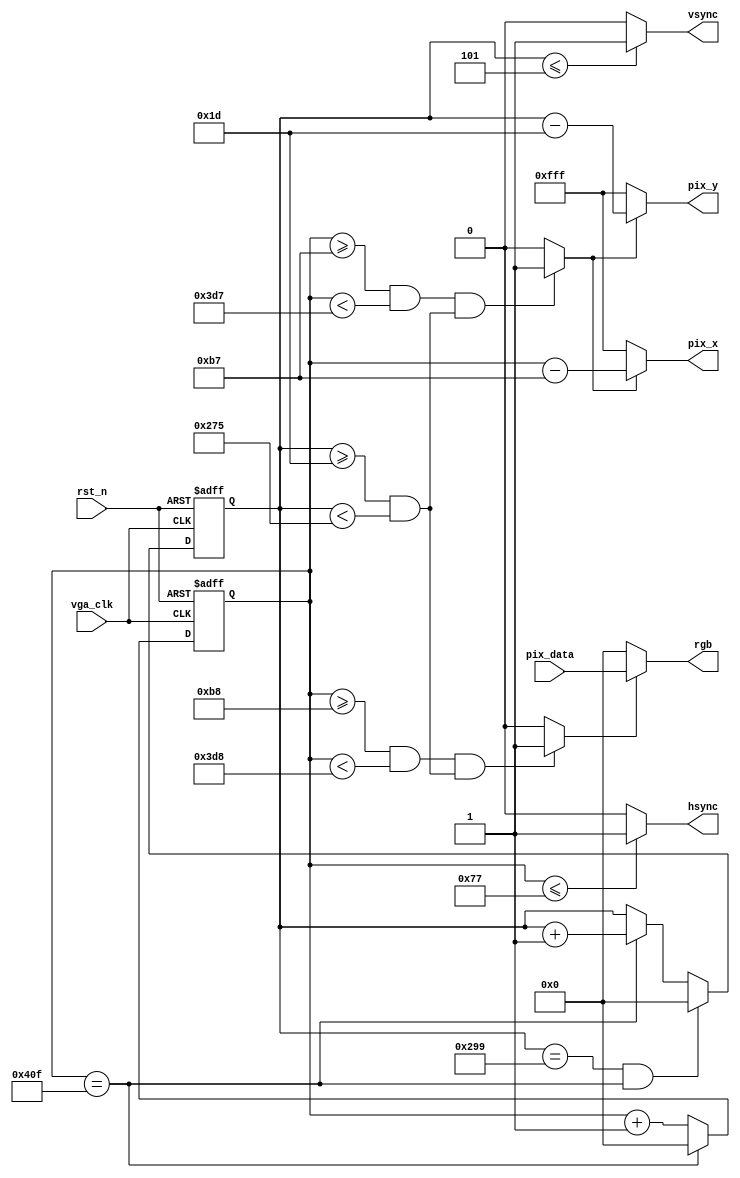
`timescale 1ns / 1ps

module vga_ctrl (
    input        vga_clk,
    input        rst_n,
    input [11:0] pix_data,

    output [11:0] pix_x,
    output [11:0] pix_y,
    output        hsync,
    output        vsync,
    output [11:0] rgb
);

  localparam H_SYNC = 10'd120;
  localparam H_BACK = 10'd32;
  localparam H_LEFT = 10'd32;
  localparam H_VALID = 10'd800;
  localparam H_TOTAL = 12'd1040;

  localparam V_SYNC = 10'd6;
  localparam V_BACK = 10'd20;
  localparam V_TOP = 10'd3;
  localparam V_VALID = 10'd600;
  localparam V_TOTAL = 10'd666;

  wire        rgb_valid;
  wire        pix_data_req;
  reg  [11:0] cnt_h;
  reg  [11:0] cnt_v;

  always @(posedge vga_clk or negedge rst_n)
    if (rst_n == 1'b0) cnt_h <= 10'd0;
    else if (cnt_h == H_TOTAL - 1'd1) cnt_h <= 10'd0;
    else cnt_h <= cnt_h + 1'd1;

  assign hsync = (cnt_h <= H_SYNC - 1'd1) ? 1'b1 : 1'b0;

  always @(posedge vga_clk or negedge rst_n)
    if (rst_n == 1'b0) cnt_v <= 10'd0;
    else if ((cnt_v == V_TOTAL - 1'd1) && (cnt_h == H_TOTAL - 1'd1)) cnt_v <= 10'd0;
    else if (cnt_h == H_TOTAL - 1'd1) cnt_v <= cnt_v + 1'd1;
    else cnt_v <= cnt_v;

  assign vsync = (cnt_v <= V_SYNC - 1'd1) ? 1'b1 : 1'b0;

  assign  rgb_valid = (((cnt_h >= H_SYNC + H_BACK + H_LEFT)
                    && (cnt_h < H_SYNC + H_BACK + H_LEFT + H_VALID))
                    &&((cnt_v >= V_SYNC + V_BACK + V_TOP)
                    && (cnt_v < V_SYNC + V_BACK + V_TOP + V_VALID)))
                    ? 1'b1 : 1'b0;

  assign  pix_data_req = (((cnt_h >= H_SYNC + H_BACK + H_LEFT - 1'b1)
                    && (cnt_h < H_SYNC + H_BACK + H_LEFT + H_VALID - 1'b1))
                    &&((cnt_v >= V_SYNC + V_BACK + V_TOP)
                    && (cnt_v < V_SYNC + V_BACK + V_TOP + V_VALID)))
                    ? 1'b1 : 1'b0;


  assign pix_x = (pix_data_req == 1'b1) ? (cnt_h - (H_SYNC + H_BACK + H_LEFT - 1'b1)) : 12'hfff;
  assign pix_y = (pix_data_req == 1'b1) ? (cnt_v - (V_SYNC + V_BACK + V_TOP)) : 12'hfff;
  assign rgb = (rgb_valid == 1'b1) ? pix_data : 12'd0;
endmodule